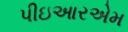
પીઇઆરએમ